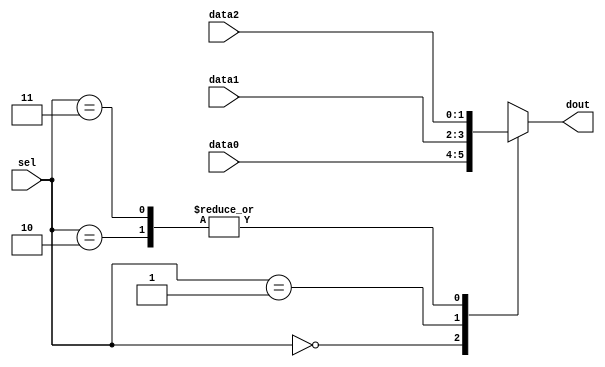
module MUX3TO1(dout,sel,data0,data1,data2);
parameter dwidth = 2;
   output [dwidth-1:0] dout;
   input [1:0]	       sel;
   input [dwidth-1:0]  data0;
   input [dwidth-1:0]  data1;
   input [dwidth-1:0]  data2;
   

   wire [dwidth-1:0]   data0;
   wire [dwidth-1:0]   data1;
   wire [dwidth-1:0]   data2;
   wire [1:0]	       sel;
   reg  [dwidth-1:0]   dout;

  always @ (sel or data0 or data1 or data2)
    begin:MUX3TO1
       case (sel) // synopsys parallel_case full_case 
	 2'b00: dout = data0;
	 2'b01: dout = data1;
	 2'b10: dout = data2;
	 2'b11: dout = data2;
       endcase
    end
 
endmodule